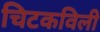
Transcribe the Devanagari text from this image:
चिटकविली